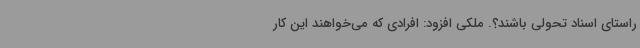
راستای اسناد تحولی باشند؟. ملکی افزود: افرادی که می‌خواهند این کار